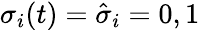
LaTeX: \sigma_{i}(t)=\hat{\sigma}_{i}=0,1